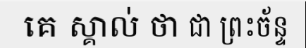
គេ ស្គាល់ ថា ជា ព្រះច័ន្ទ